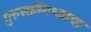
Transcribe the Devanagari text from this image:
गुरुसान्निध्याचा